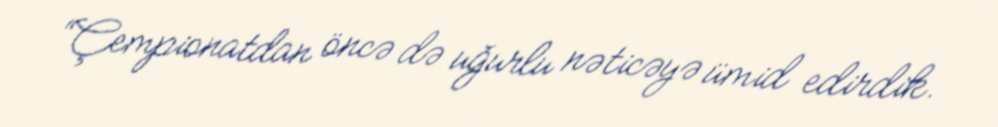
“Çempionatdan öncə də uğurlu nəticəyə ümid edirdik.